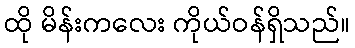
ထို မိန်းကလေး ကိုယ်ဝန်ရှိသည်။